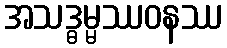
အသဒ္ဓမ္မဿဝနဿ